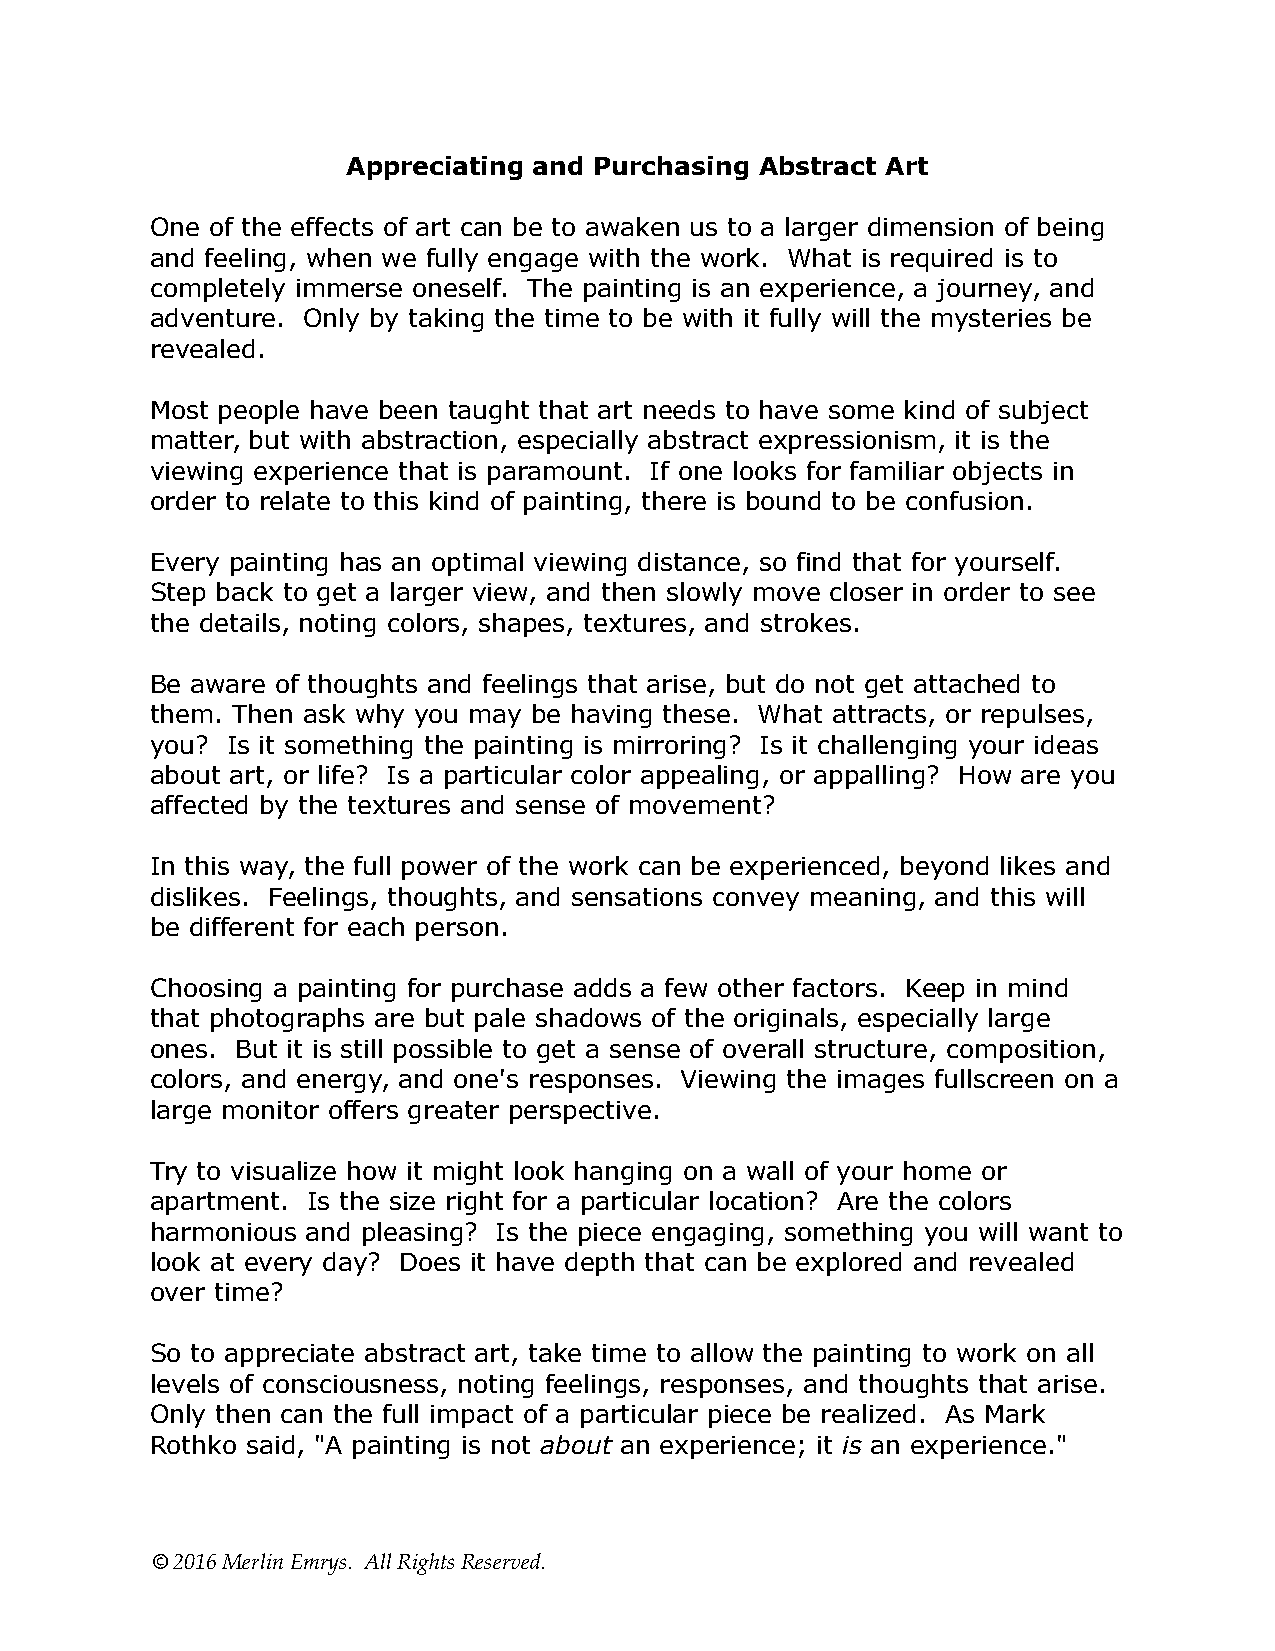
Appreciating and Purchasing Abstract Art
 One of the effects of art can be to awaken us to a larger dimension of being
 and feeling, when we fully engage with the work. What is required is to
 completely immerse oneself. The painting is an experience, a journey, and
 adventure. Only by taking the time to be with it fully will the mysteries be
 revealed.
 Most people have been taught that art needs to have some kind of subject
 matter, but with abstraction, especially abstract expressionism, it is the
 viewing experience that is paramount. If one looks for familiar objects in
 order to relate to this kind of painting, there is bound to be confusion.
 Every painting has an optimal viewing distance, so find that for yourself.
 Step back to get a larger view, and then slowly move closer in order to see
 the details, noting colors, shapes, textures, and strokes.
 Be aware of thoughts and feelings that arise, but do not get attached to
 them. Then ask why you may be having these. What attracts, or repulses,
 you? Is it something the painting is mirroring? Is it challenging your ideas
 about art, or life? Is a particular color appealing, or appalling? How are you
 affected by the textures and sense of movement?
 In this way, the full power of the work can be experienced, beyond likes and
 dislikes. Feelings, thoughts, and sensations convey meaning, and this will
 be different for each person.
 Choosing a painting for purchase adds a few other factors. Keep in mind
 that photographs are but pale shadows of the originals, especially large
 ones. But it is still possible to get a sense of overall structure, composition,
 colors, and energy, and one's responses. Viewing the images fullscreen on a
 large monitor offers greater perspective.
 Try to visualize how it might look hanging on a wall of your home or
 apartment. Is the size right for a particular location? Are the colors
 harmonious and pleasing? Is the piece engaging, something you will want to
 look at every day? Does it have depth that can be explored and revealed
 over time?
 So to appreciate abstract art, take time to allow the painting to work on all
 levels of consciousness, noting feelings, responses, and thoughts that arise.
 Only then can the full impact of a particular piece be realized. As Mark
 Rothko said, "A painting is not about an experience; it is an experience."
 © 2016 Merlin Emrys. All Rights Reserved.